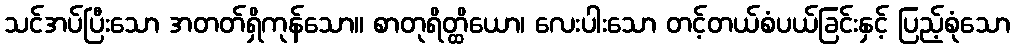
သင်အပ်ပြီးသော အတတ်ရှိကုန်သော။ စာတုရိတ္ထိယော၊ လေးပါးသော တင့်တယ်စံပယ်ခြင်းနှင့် ပြည့်စုံသော